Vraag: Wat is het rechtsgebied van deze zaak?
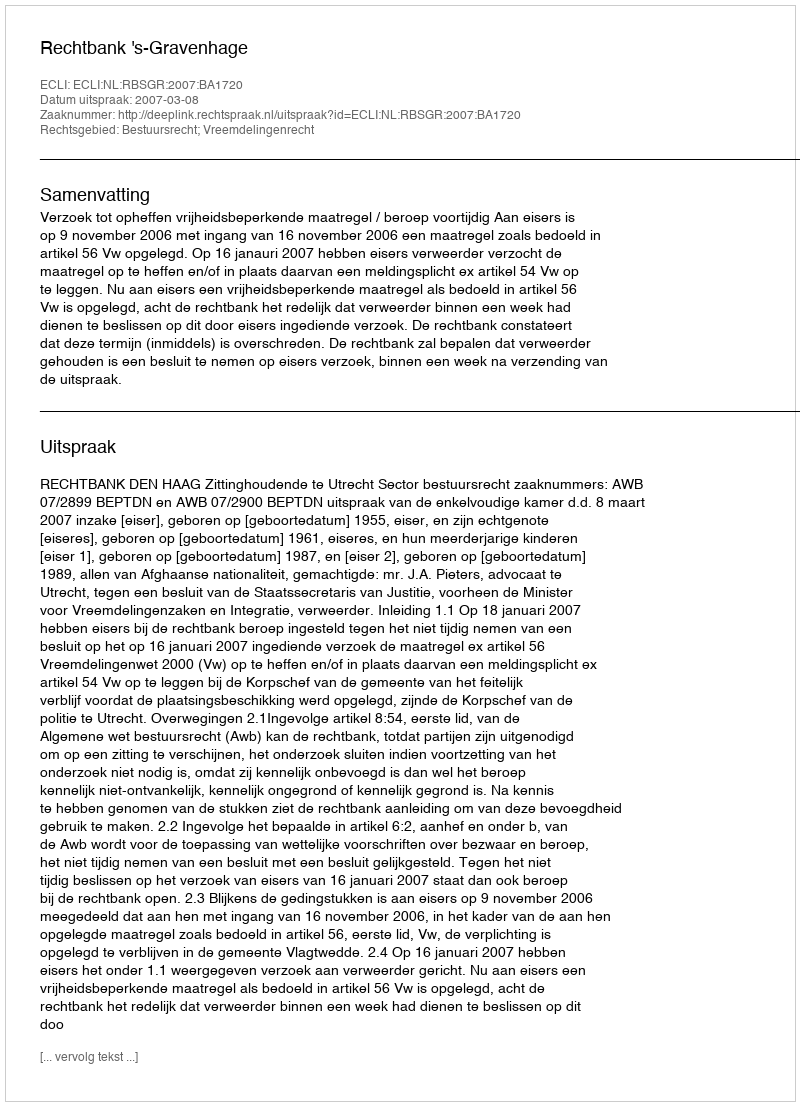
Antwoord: Bestuursrecht; Vreemdelingenrecht